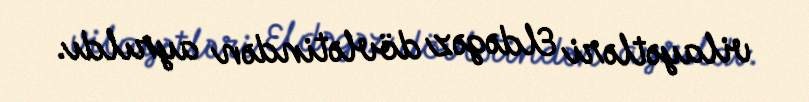
vilayətləri Eldəgəz dövlətindən ayrıldı.